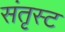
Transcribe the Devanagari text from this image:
संतृस्ट